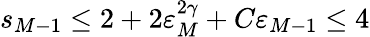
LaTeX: s_{M-1}\leq 2+2\varepsilon_{M}^{2\gamma}+C\varepsilon_{M-1}\leq 4